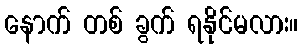
နောက် တစ် ခွက် ရနိုင်မလား။